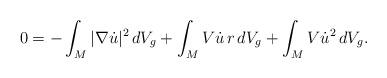
LaTeX: \begin{align*}0 &= -\int_M |\nabla\dot u|^2\,dV_g +\int_M V\dot u\,r\,dV_g +\int_M V \dot u^2\,dV_g.\end{align*}